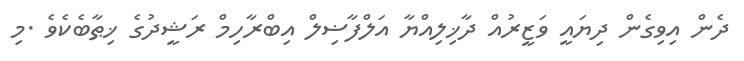
ދެން އިވިގެން ދިޔައީ ވަޒީރުއް ދާޚިލިއްޔާ އަލްފާޟިލް އިބްރާހިމް ރަޝީދުގެ ޚިޠާބެކެވެ .މި